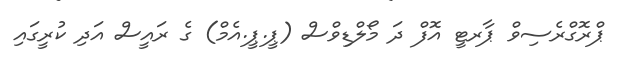
ޕްރޮގްރެސިވް ޕާރޓީ އޮފް ދަ މޯލްޑިވްސް (ޕީ.ޕީ.އެމް) ގެ ރައީސް އަދި ކުރީގައި